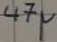
Text: 47µ